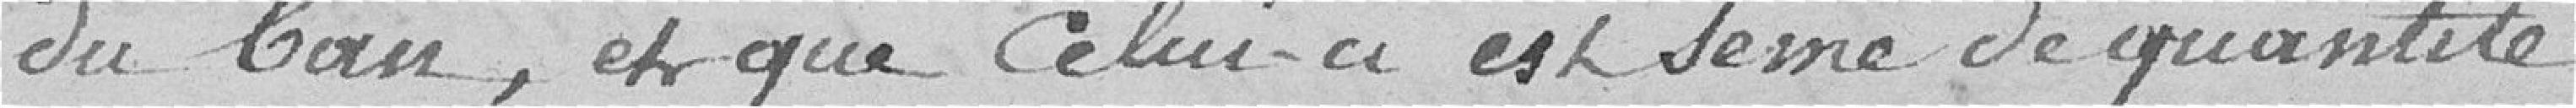
du ban, et que celui-ci est semé de quantité